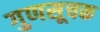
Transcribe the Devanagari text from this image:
गुणसूचक